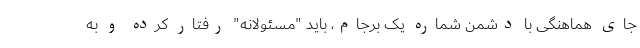
جای هماهنگی با دشمن شماره یک برجام، باید "مسئولانه" رفتار کرده و به